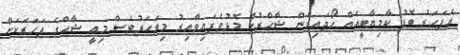
އެފަހަރު ބޮޑު ކާމިޔާބީއެއް ހޯދައިގެން ޝާހްރުކް މޮޅުވެފައިވާއިރު މިވަހަރުވެސް މިއީ ޝާހްގެ ފަހަރަކަށް